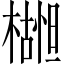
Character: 𬄮